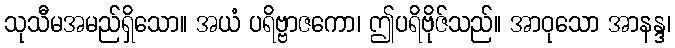
သုသီမအမည်ရှိသော။ အယံ ပရိဗ္ဗာဇကော၊ ဤပရိဗိုဇ်သည်။ အာဝုသော အာနန္ဒ၊